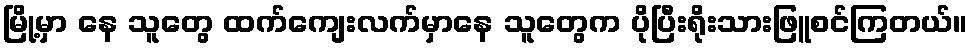
မြို့မှာ နေ သူတွေ ထက်ကျေးလက်မှာနေ သူတွေက ပိုပြီးရိုးသားဖြူစင်ကြတယ်။